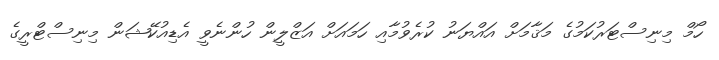
ހޯމް މިނިސްޓަރުކަމުގެ މަޤާމަށް އައްޔަނު ކުރެވުމާއި ހަމައަށް އަޒްލީން ހުންނެވީ އެޑިއުކޭޝަން މިނިސްޓްރީގެ